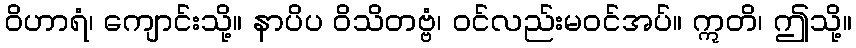
ဝိဟာရံ၊ ကျောင်းသို့။ နာပိပ ဝိသိတဗ္ဗံ၊ ဝင်လည်းမဝင်အပ်။ ဣတိ၊ ဤသို့။